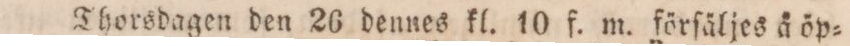
Thorsdagen den 26 dennes kl. 10 f. m. förſäljes å öp=